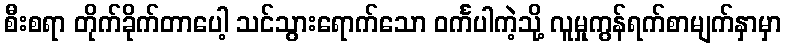
စီးစရာ တိုက်ခိုက်တာပေါ့ သင်သွားရောက်သော ဝင်္ကပါကဲ့သို့ လူမှုကွန်ရက်စာမျက်နှာမှာ